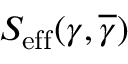
S _ { \mathrm { { e f f } } } ( \gamma , \overline { { \gamma } } )